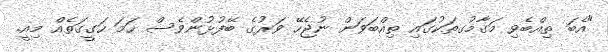
"އެބަ ތިއްބެވި މަގާމުގތަކުގައި ތިއްބަވަން ނުޖެހޭ ވަރުގެ ބޭފުޅުންވެސް ހަމަ ހަގީގަތެއް މިއީ.